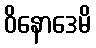
ဝိနောဒေမိ